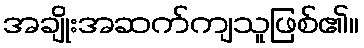
အချိုးအဆက်ကျသူဖြစ်၏။